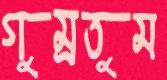
গুম্‌রতুম